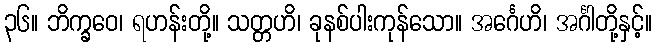
၃၆။ ဘိက္ခဝေ၊ ရဟန်းတို့။ သတ္တဟိ၊ ခုနစ်ပါးကုန်သော။ အင်္ဂေဟိ၊ အင်္ဂါတို့နှင့်။